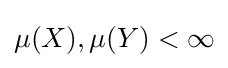
\mu (X),\mu (Y)<\infty